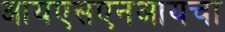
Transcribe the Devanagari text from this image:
आयएसएनआयचा